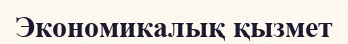
Экономикалық қызмет